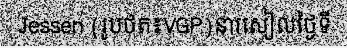
Jessen (រូបថត៖VGP)នារសៀលថ្ងៃទី